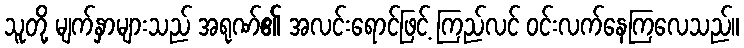
သူတို့ မျက်နှာများသည် အရုဏ်၏ အလင်းရောင်ဖြင့် ကြည်လင် ဝင်းလက်နေကြလေသည်။